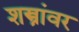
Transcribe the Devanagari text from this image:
शस्त्रांवर